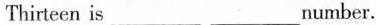
Thirteen is ___number.